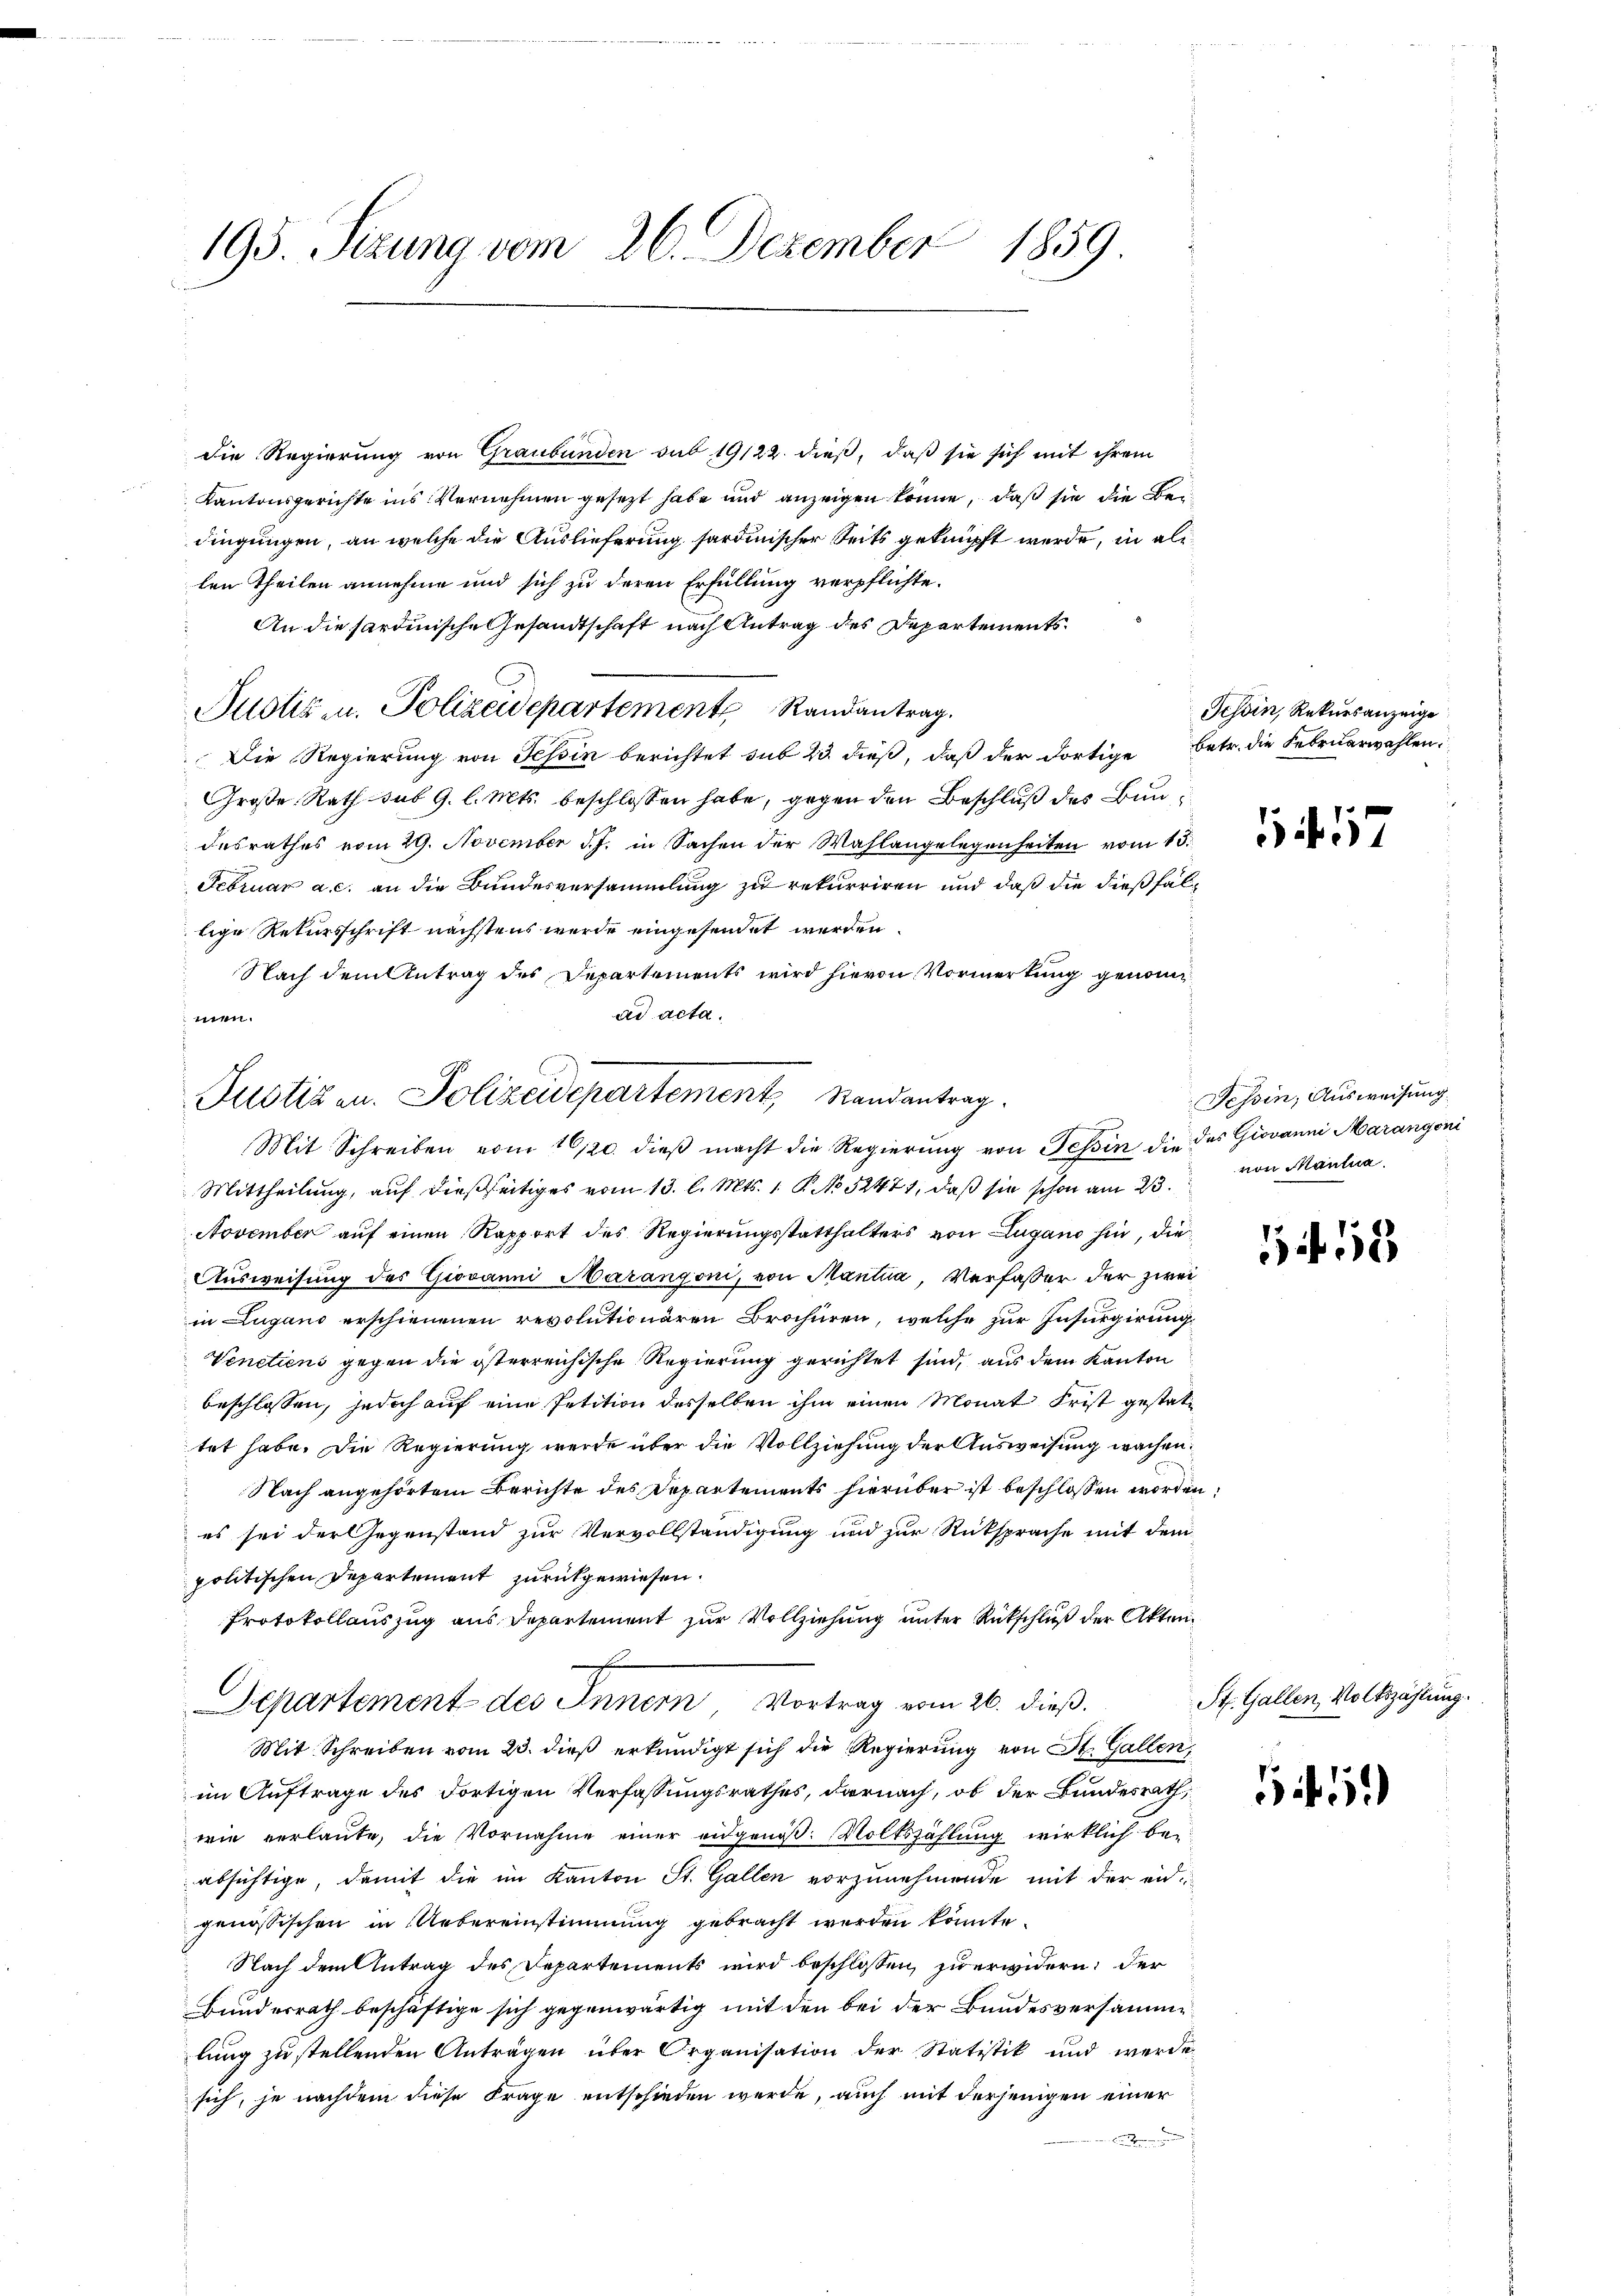
1859
195. Sizung vom 26. Dezember

die Regierung von Graubünden sub 19122. dieß, daß sie sich mit ihrem
Kantonsgerichte ins Vernehmen gesetzt habe und anzeigen könne, daß sie die Beidingungen, an welche die Auslieferung sardinischer Seits geknüpft werde, in ali
ten Theilen annehme und sich zu deren Erfüllung verpflichte.
An die sardinische Gesandtschaft nach Antrag des Departements¬
Justiz u. Polizeidepartement Randantrag.
Die Regierung von Tessin berichtet sub 23 dieß, daß der dortige betr. die Februarwahlen:
Große Rath sub 9. l. Mts. beschlossen habe, gegen den Beschluß des Bun
desrathes vom 29. November d. J. in Sachen der Wahlangelegenheiten vom 15.
Februar a. c. an die Bundesversammlung zu rekurriren und daß die dießfallige Rekursschrift nächstens wurde eingesendet werden
Nach dem Antrag des Departements wird hievon Vormerkung genomad acta.
men.
Mit Schreiben vom 16/20. dieβ macht die Regierŭng von Tessin die das Giovanni Marangoni
Mittheilung, auf dießseitiges vom 13. l. Mts. 1. P. No 52471, daß sie schon am 23.
November auf einen Rapport des Regierungsstatthalters von Lugano hin, die
Ausweisung des Giovanni Marangoni, von Mantua, Verfasser der zwei
in Lugano erschienenen revolutionären Brochüren, welche zur Insurgirung
Venetiens gegen die österreichische Regierung gerichtet sind, aus dem Kanton
beschlossen, jedoch auf eine Petition desselben ihm einen Monat Frist gestattet habe. Die Regierung werde über die Vollziehung der Ausweisung wachen.
Nach angehörtem Berichte des Departements hierüber ist beschlossen worden.
es sei der Gegenstand zur Vervollständigung und zur Rücksprache mit dem
politischen Departement zurückgewiesen.
Protokollauszug aus Departement zur Vollziehung unter Rückschluß der Akten¬
Departement des Innern Vortrag vom 26. dieß.
Mit Schreiben vom 23. dieß erkundigt sich die Regierung von St. Gallen
in Auftrage des Fortigen Verfassungsrathes, darnach, ob der Bundesrath,
wie verlaute, die Vornahme einer eidgenoß. Volkszählung wirklich beabsichtige, damit die im Kanton St. Gallen vorzunehmende mit der endgenössischen in Uebereinstimmung gebracht werden könnte.
Nach dem Antrag des Departements wird beschlossen, zu erwidern, der
Bundesrath beschäftige sich gegenwärtig mit den bei der Bundesversammelung zu stellenden Anträgen über Organisation der Statistik und werde
sich, je nachdem diese Frage entschieden werde, auch mit derjenigen einer
.

Justizen. Polizeidepartement, Randantrag.

Tessin, Rekursanzeige

17

Tessin, Ausweisung
von Mautna

if. 53

St. Gallen, Volkszählung.

45)